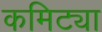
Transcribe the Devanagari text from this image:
कमिट्या